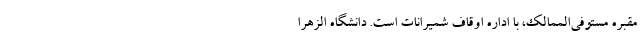
مقبره مستوفی‌الممالک، با اداره اوقاف شمیرانات است. دانشگاه الزهرا